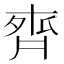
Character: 𪗄